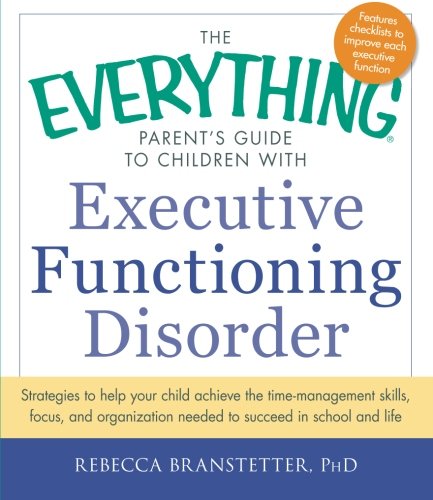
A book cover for The Everything Parent's Guide to Children with Executive Functioning Disorder: Strategies to help your child achieve the time-management skills, ... needed to succeed in school and life; Rebecca Branstetter PhD; Parenting & Relationships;